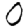
Digit: 0